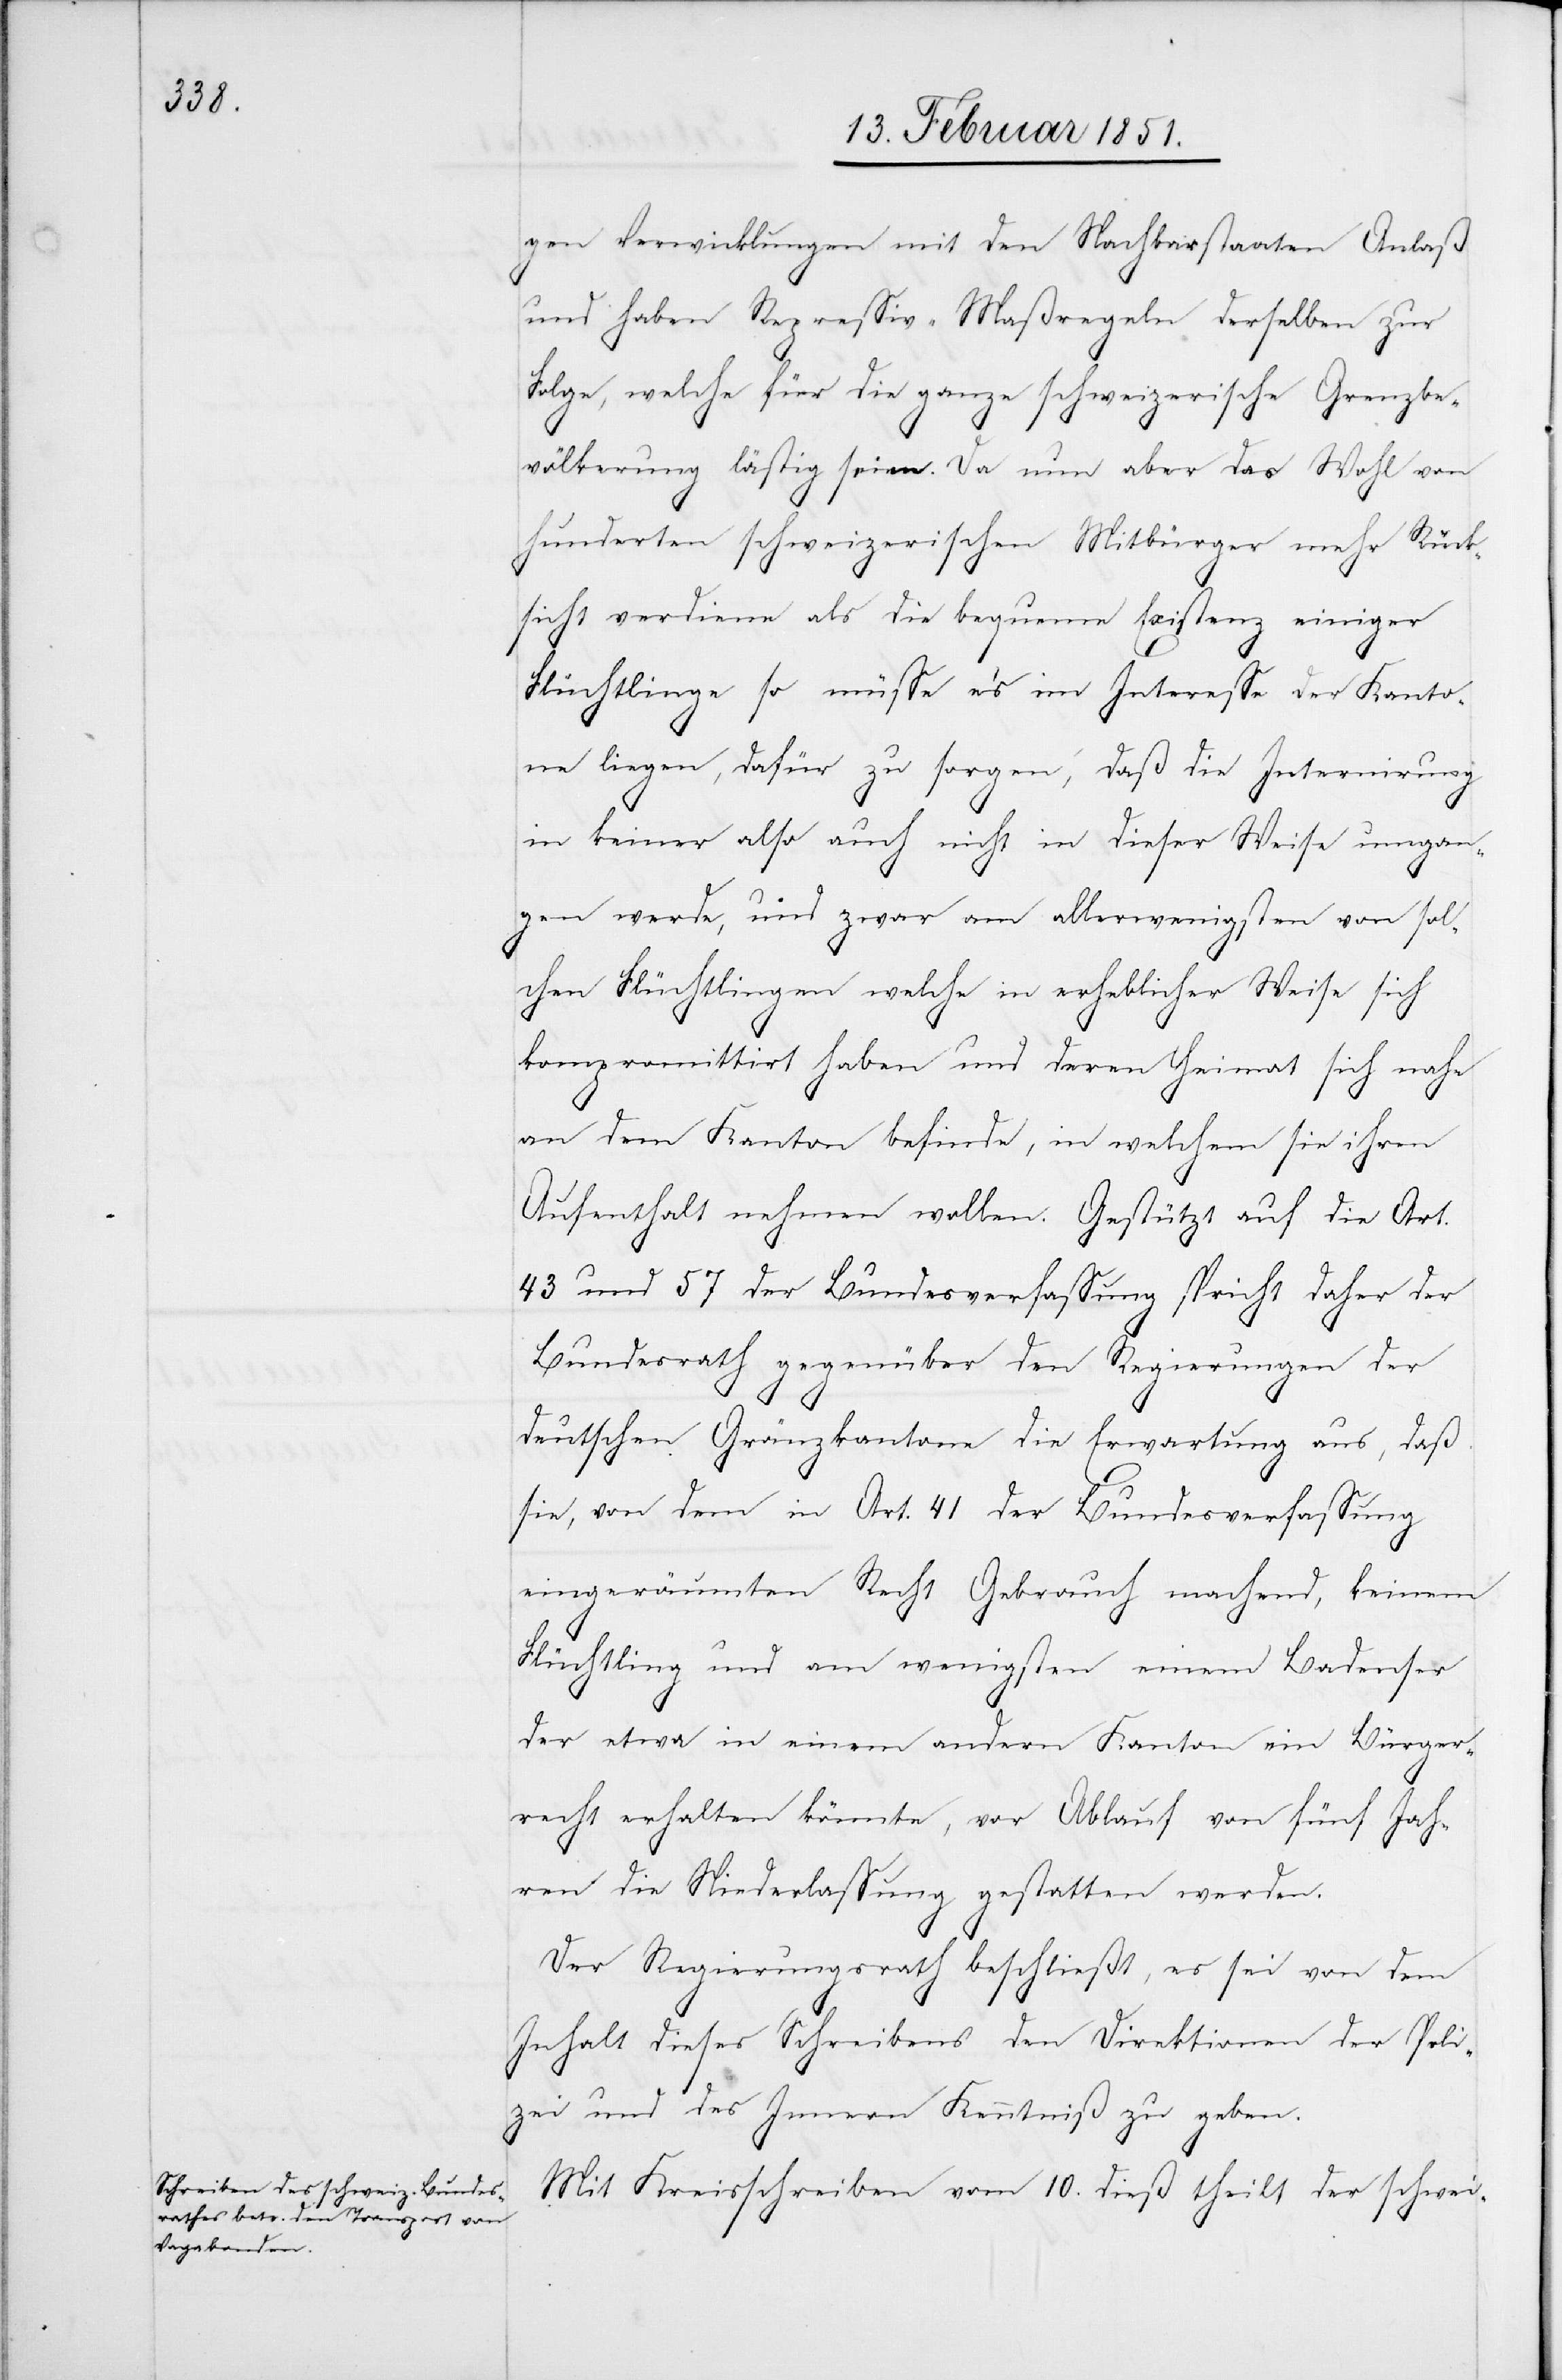
gen Verwicklungen mit den Nachbarstaaten Anlaß
und haben Repressiv-Maßregeln derselben zur
Folge, welche für die ganze schweizerische Grenzbe¬
völkerung lästig seien. Da nun aber das Wohl von
hunderten schweizerischen Mitbürger[n] mehr Rück¬
sicht verdiene als die bequeme Existenz einiger
Flüchtlinge so müsse es im Interesse der Kanto¬
ne liegen, dafür zu sorgen, daß die Internirung
in keiner also auch nicht in dieser Weise umgan¬
gen werde, und zwar am allerwenigsten von sol¬
chen Flüchtlingen welche in erheblicher Weise sich
kompromittirt haben und deren Heimat sich nahe
an dem Kanton befinde, in welchem sie ihren
Aufenthalt nehmen wollen. Gestützt auf die Art.
43 und 57 der Bundesverfassung spricht daher der
Bundesrath gegenüber den Regierungen der
deutschen Gränzkantone die Erwartung aus, daß
sie, von dem in Art. 41 der Bundesverfassung
eingeräumten Recht Gebrauch machend, keinem
Flüchtling und am wenigsten einem Badenser
der etwa in einem andern Kanton ein Bürger¬
recht erhalten könnte, vor Ablauf von fünf Jah¬
ren die Niederlassung gestatten werden.
Der Regierungsrath beschließt, es sei von dem
Inhalt dieses Schreibens den Direktionen der Poli¬
zei und des Innern Kenntniß zu geben.
Mit Kreisschreiben vom 10. dieß theilt der schwei-